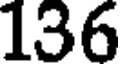
136